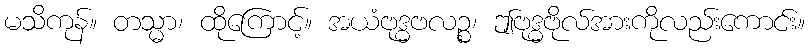
မသိကုန်။ တသ္မာ၊ ထိုကြောင့်။ အယံဗုဒ္ဓဗလဉ္စ၊ ဤဗုဒ္ဓဗိုလ်အားကိုလည်းကောင်း။